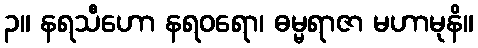
၃။ နရသီဟော နရဝရော၊ ဓမ္မရာဇာ မဟာမုနိ။